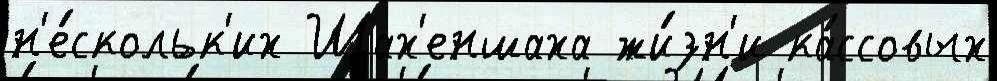
н'е́скольк'их Шах'еншаха жи́зн'и ка́ссовых